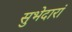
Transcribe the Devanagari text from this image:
सुभेदारां